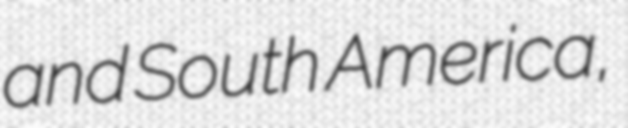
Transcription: and South America,